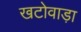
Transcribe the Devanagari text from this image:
खटोवाड़ा